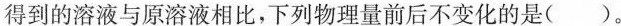
得到的溶液与原溶液相比，下列物理量前后不变化的是( )。